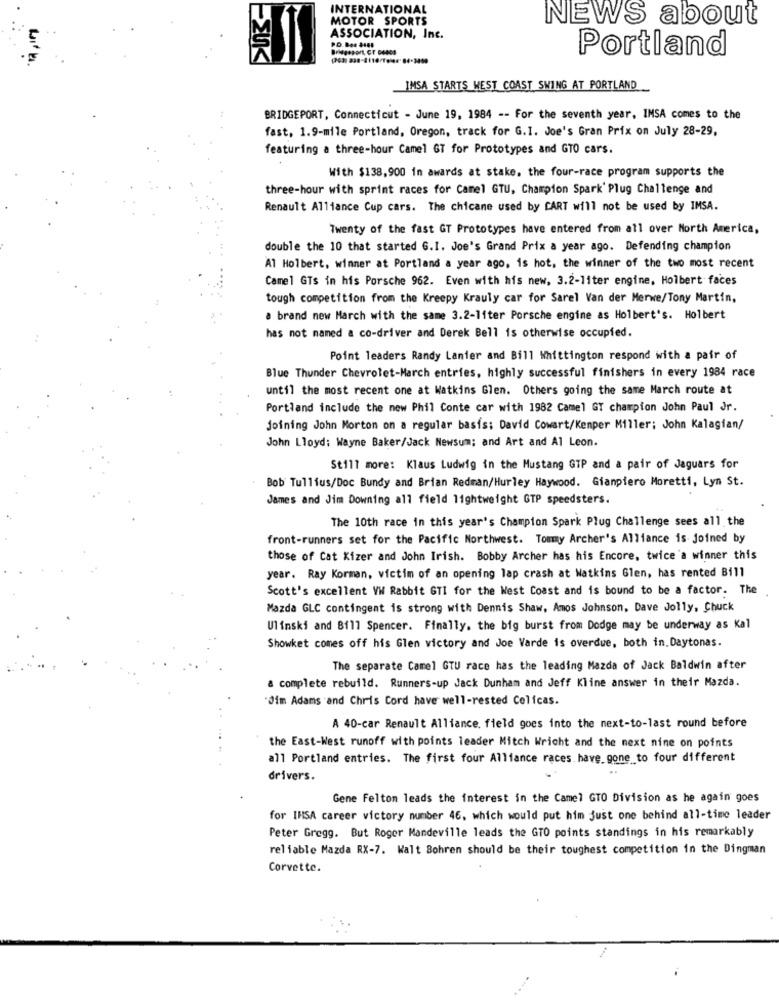
INTERNATIONAL
MOTOR SPORTS
NEWS about
ASSOCIATION, Inc.
Portland
IMSA STARTS WEST COAST SWING AT PORTLAND
BRIDGEPORT, Connecticut - June 19, 1984 -- For the seventh year, IMSA comes to the
fast, 1.9-mile Portland, Oregon, track for G.I. Joe's Gran Prix on July 28-29,
featuring a three-hour Camel GT for Prototypes and GTO cars.
With $138,900 in awards at stake, the four-race program supports the
three-hour with sprint races for Camel GTU, Champion Spark' Plug Challenge and
Renault Alliance Cup cars. The chicane used by CART will not be used by IMSA.
Twenty of the fast GT Prototypes have entered from all over North America,
double the 10 that started G.I. Joe's Grand Prix a year ago. Defending champion
Al Holbert, winner at Portland a year ago, is hot, the winner of the two most recent
Camel GTs in his Porsche 962. Even with his new, 3.2-liter engine, Holbert faces
tough competition from the Kreepy Krauly car for Sarel Van der Merwe/Tony Martin,
a brand new March with the same 3.2-liter Porsche engine as Holbert's. Holbert
has not named a co-driver and Derek Bell is otherwise occupied.
Point leaders Randy Lanier and Bill Whittington respond with a pair of
Blue Thunder Chevrolet-March entries, highly successful finishers in every 1984 race
until the most recent one at Watkins Glen. Others going the same March route at
Portland include the new Phil Conte car with 1982 Camel GT champion John Paul Jr.
joining John Morton on a regular basis; David Cowart/Kenper Miller; John Kalagfan/
John Lloyd: Wayne Baker/Jack Newsum; and Art and Al Leon.
Still more: Klaus Ludwig in the Mustang GTP and a pair of Jaguars for
Bob Tullius/Doc Bundy and Brian Redman/Hurley Haywood. Gianpiero Moretti, Lyn St.
James and Jim Downing all field lightweight GTP speedsters.
The 10th race in this year's Champion Spark Plug Challenge sees all the
front-runners set for the Pacific Northwest. Tommy Archer's Alliance is joined by
those of Cat Kizer and John Irish. Bobby Archer has his Encore, twice'a winner this
year. Ray Korman, victim of an opening lap crash at Watkins Glen, has rented Bill
Scott's excellent VW Rabbit GTI for the West Coast and is bound to be a factor. The
Mazda GLC contingent is strong with Dennis Shaw, Amos Johnson, Dave Jolly, Chuck
Ulimski and Bf17 Spencer. Finally, the big burst from Dodge may be underway as Kal
Showket comes off his Glen victory and Joe Varde is overdue, both in. Daytonas.
The separate Camel GTU race has the leading Mazda of Jack Baldwin after
a complete rebuild. Runners-up Jack Dunham and Jeff Kline answer in their Mazda.
"Jim Adams and Chris Cord have well-rested Celicas.
A 40-car Renault Alliance. field goes into the next-to-last round before
the East-West runoff with points leader Mitch Wricht and the next nine on points
all Portland entries. The first four Alliance races. have gone to four different
drivers.
Gene Felton leads the interest in the Camel GTO Division as he again goes
for IHSA career victory number 46, which would put him just one behind all-time leader
Peter Gregg. But Roger Mandeville leads the GTO points standings in his remarkably
reliable Mazda RX-7. Walt Bohren should be their toughest competition in the Dingman
Corvette.
...